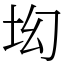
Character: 㘭